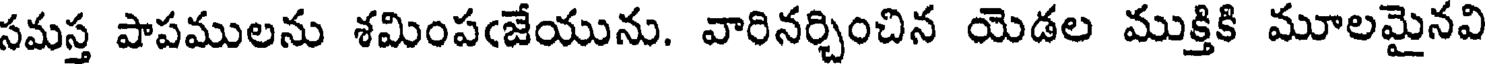
సమస్త పాపములను శమింపఁజేయును. వారినర్చించిన యెడల ముక్తికి మూలమైనవి